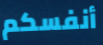
أنفسكم